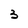
Character: 3